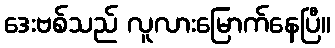
ဒေးဗစ်သည် လူလားမြောက်နေပြီ။